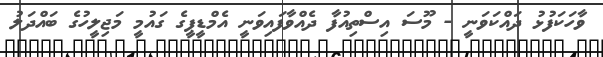
ވާހަކަފުޅު ދައްކަވަނީ - މޫސަ އިސްތިއުފާ ދެއްވާފައިވަނީ އެމްޑީޕީގެ ގައުމީ މަޖިލީހުގެ ބައްދަލު